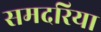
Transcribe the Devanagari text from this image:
समदरिया